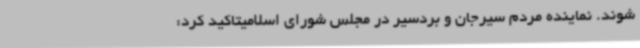
شوند. نماینده مردم سیرجان و بردسیر در مجلس شورای اسلامیتاکید کرد: